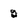
Character: 2